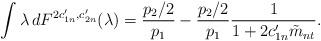
LaTeX: \begin{align*} \int\lambda \,dF^{2c_{1n}',c_{2n}'}(\lambda)=\frac{p_2/2}{p_1}-\frac{p_2/2}{p_1}\frac{1}{1+2c_{1n}'\tilde{m}_{nt}}.\end{align*}